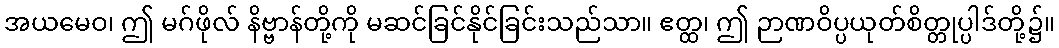
အယမေဝ၊ ဤ မဂ်ဖိုလ် နိဗ္ဗာန်တို့ကို မဆင်ခြင်နိုင်ခြင်းသည်သာ။ ဧတ္ထ၊ ဤ ဉာဏဝိပ္ပယုတ်စိတ္တုပ္ပါဒ်တို့၌။